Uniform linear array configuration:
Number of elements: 32
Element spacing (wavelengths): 0.5
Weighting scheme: blackman
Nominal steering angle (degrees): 30
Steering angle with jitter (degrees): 28.259
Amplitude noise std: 0.05
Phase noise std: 0.05

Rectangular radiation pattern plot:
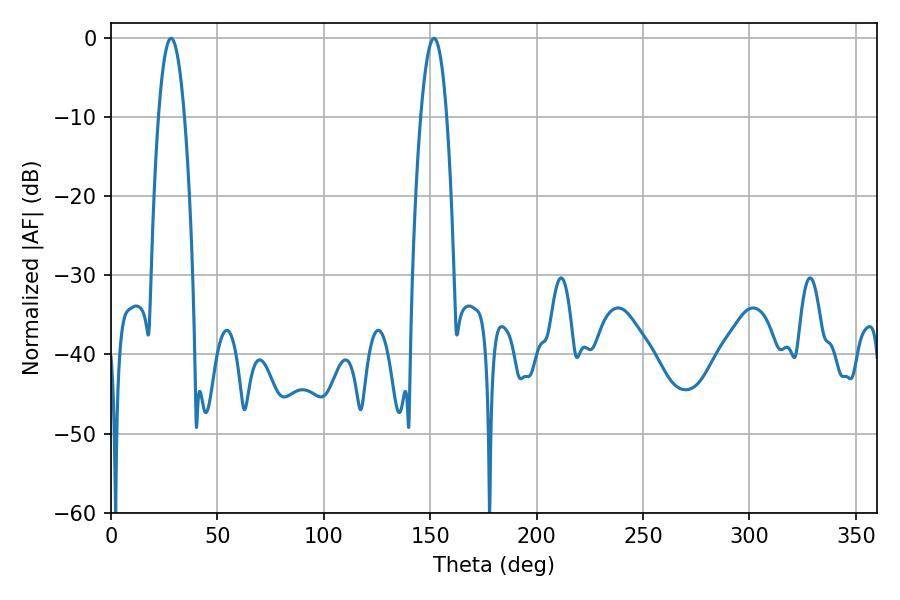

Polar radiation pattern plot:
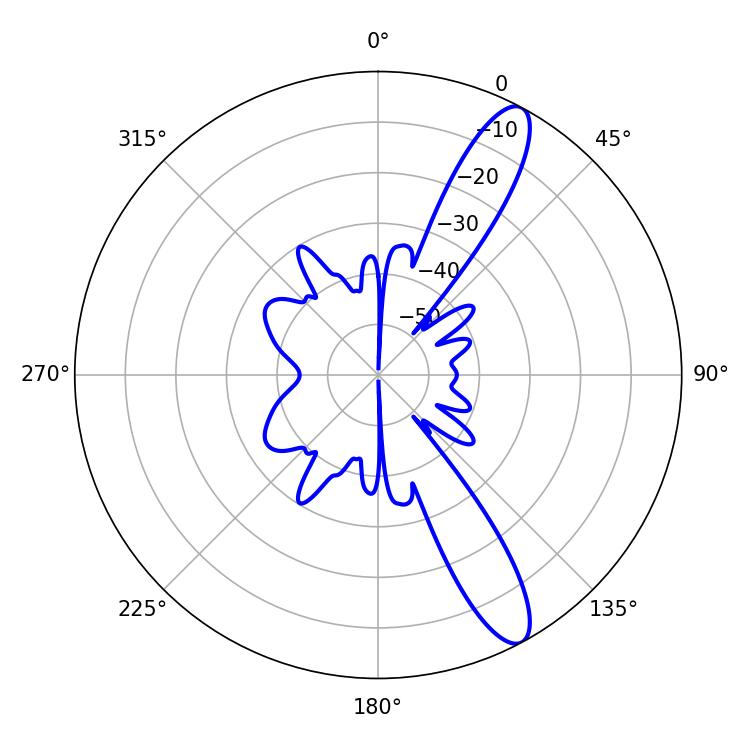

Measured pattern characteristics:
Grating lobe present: FALSE
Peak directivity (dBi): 12.233
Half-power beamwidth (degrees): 6.84
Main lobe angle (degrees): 28.26